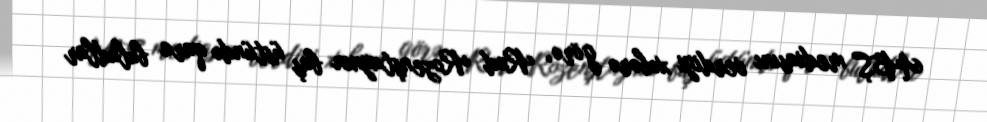
ABŞ mediasını verdiyi xəbərə görə, Rod Rozenştaynın baş üstündə qara buludlar